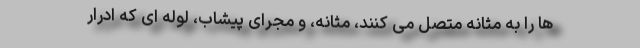
ها را به مثانه متصل می کنند، مثانه، و مجرای پیشاب، لوله ای که ادرار